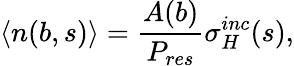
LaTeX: \langle n(b,s)\rangle=\frac{A(b)}{P_{res}}\sigma_{H}^{inc}(s),